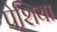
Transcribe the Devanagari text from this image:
पेशिया